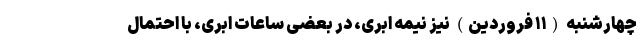
چهارشنبه (۱۱ فروردین) نیز نیمه ابری، در بعضی ساعات ابری، با احتمال